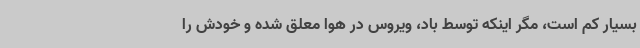
بسیار کم است، مگر اینکه توسط باد، ویروس در هوا معلق شده و خودش را